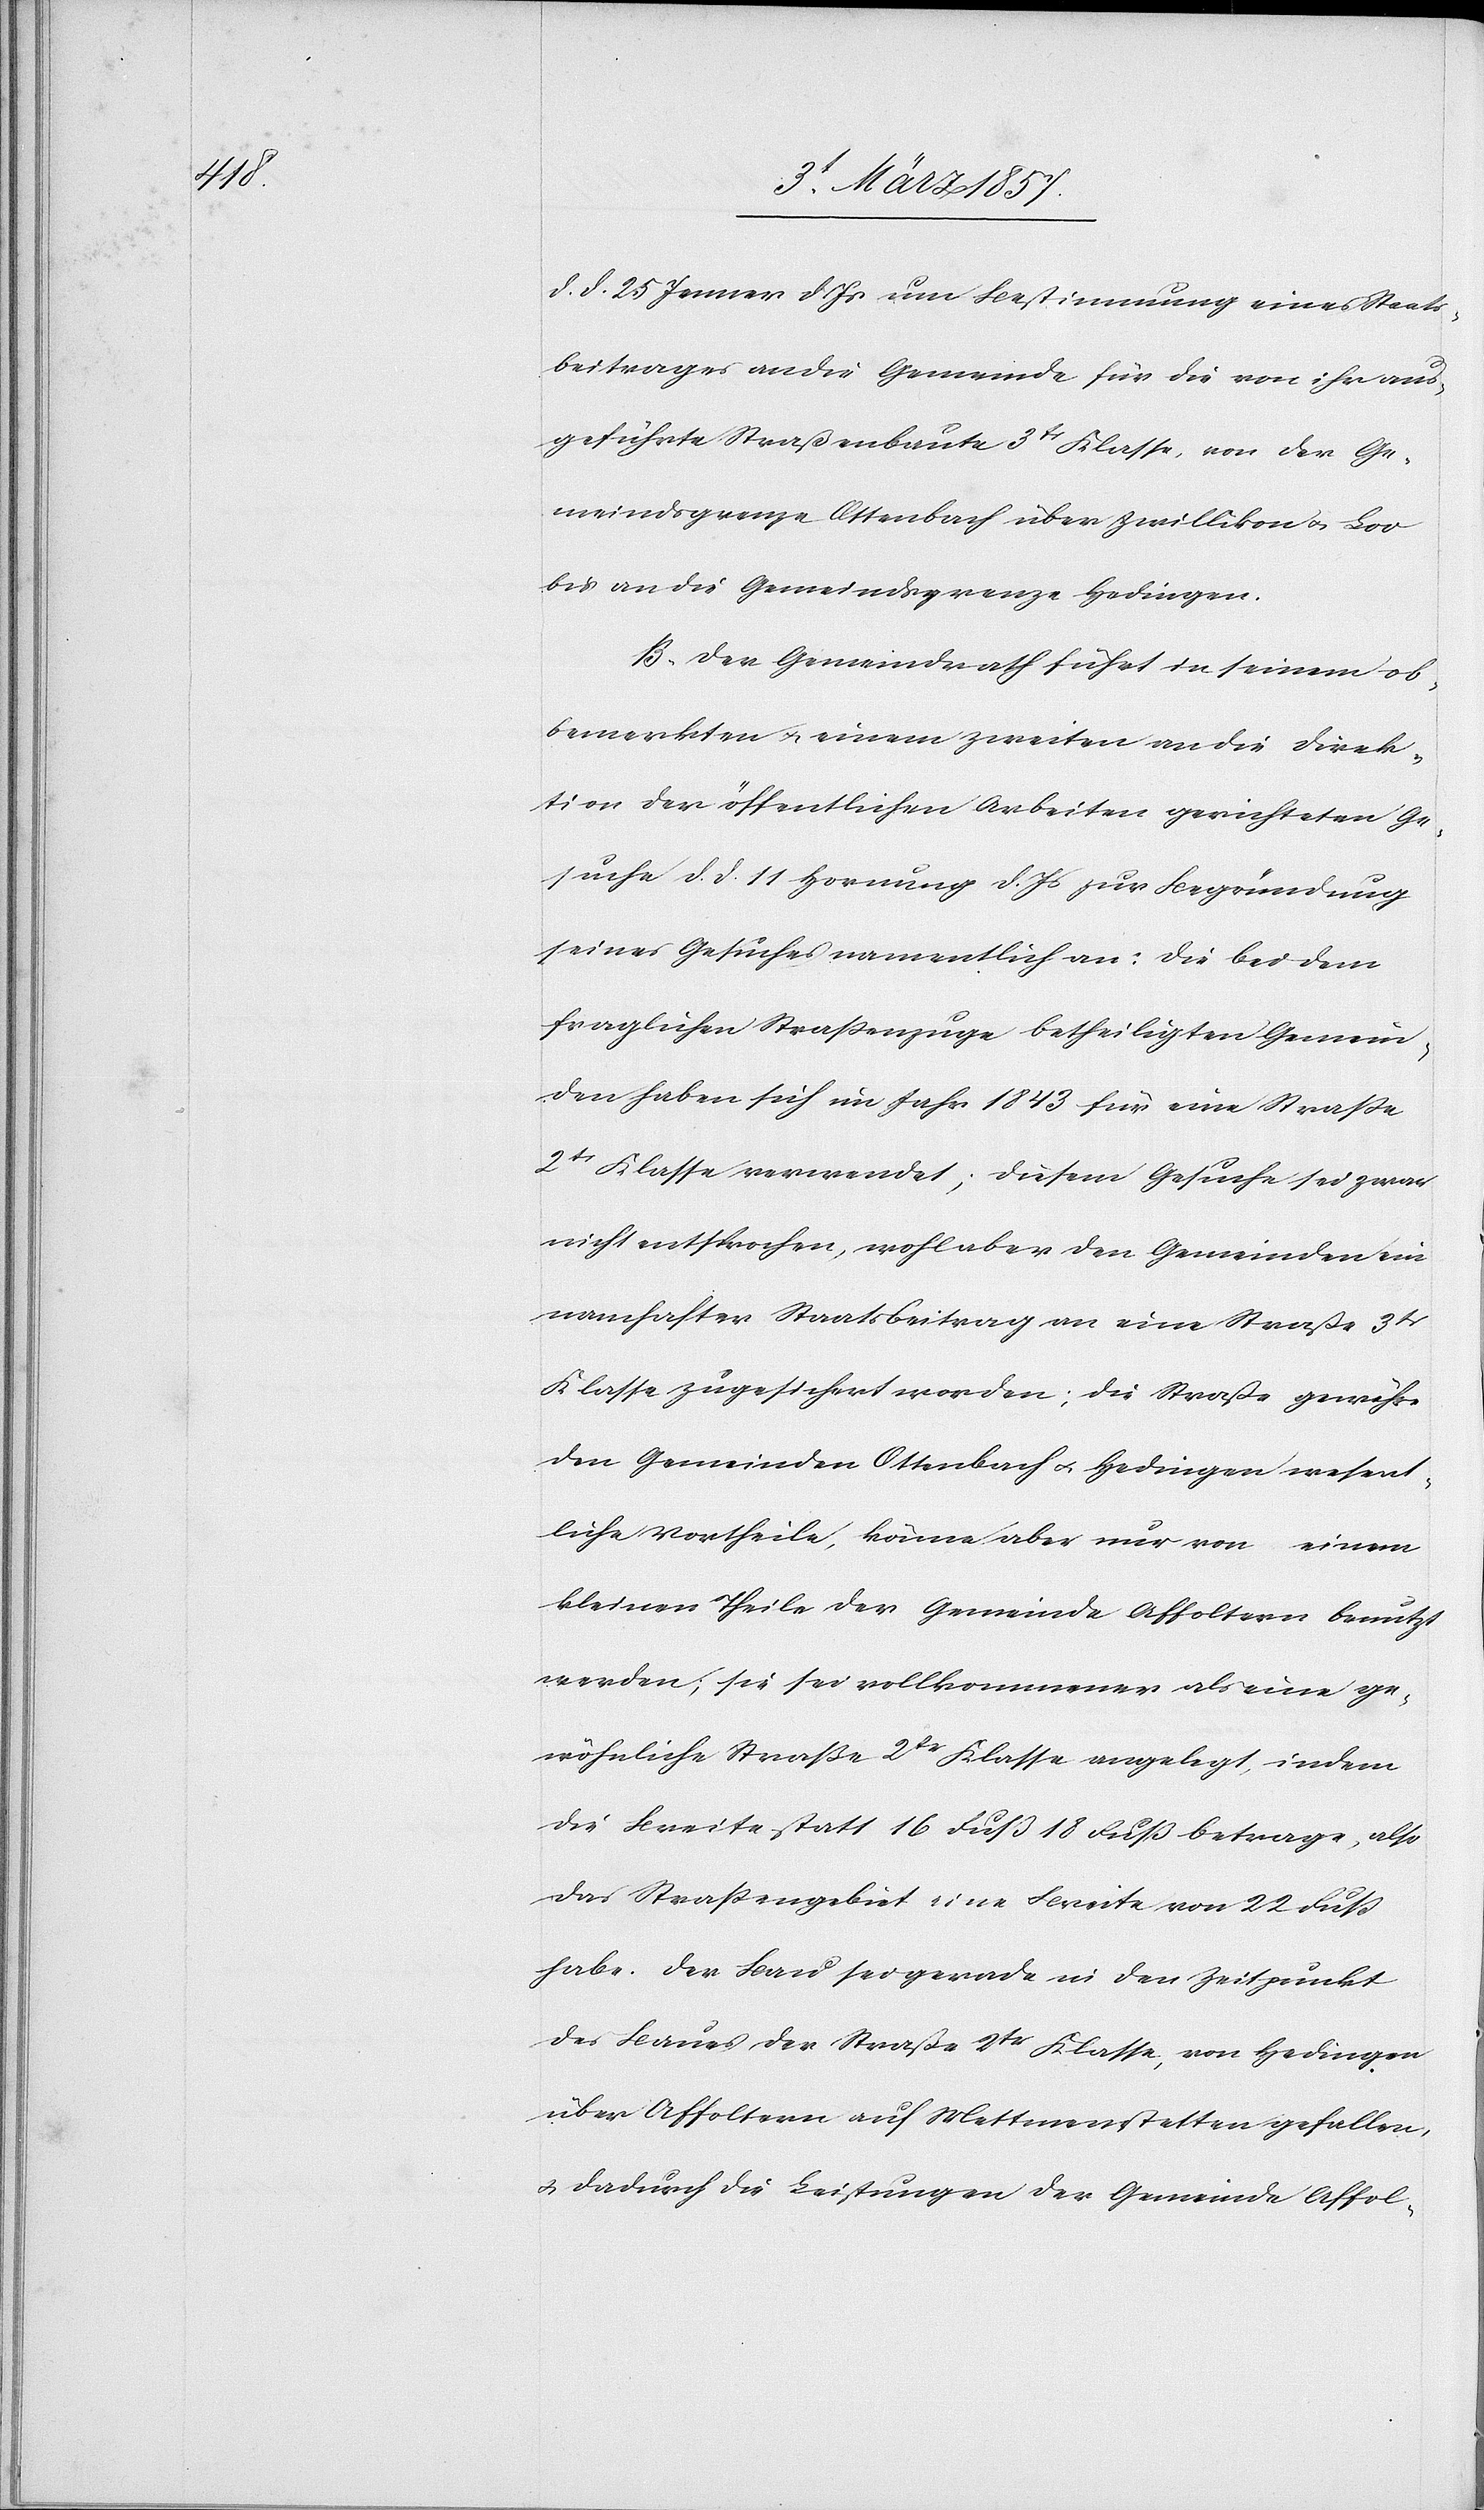
d. d. 25 Jenner d. Js um Bestimmung eines Staats¬
beitrages an die Gemeinde für die von ihr aus¬
geführte Straßenbaute 3tr Klasse, von der Ge¬
meindsgrenze Ottenbach über Zwillikon u. Loo
bis an die Gemeindsgrenze Hedingen.
B. der Gemeindrath führt in seinem ob¬
bemerkten u. einem zweiten an die Direk¬
tion der öffentlichen Arbeiten gerichteten Ge¬
suche d. d. 11 Hornung d Js zur Begründung
seines Gesuches namentlich an: die bei dem
fraglichen Straßenzuge betheiligten Gemein¬
den haben sich im Jahr 1843 für eine Straße
2tr Klasse verwendet; diesem Gesuche sei zwar
nicht entsprochen, wohl aber den Gemeinden ein
namhafter Staatsbeitrag an eine Straße 3tr
Klasse zugesichert worden; die Straße gewährt¬
en Gemeinden Ottenbach u. Hedingen wesent¬
liche Vortheile, könne aber nur von einem
kleinen Theile der Gemeinde Affoltern benutzt
werden; sie sei vollkommener als eine ge¬
wöhnliche Straße 2tr Klasse angelegt, indem
die Breite statt 16 Fuß 18 Fuß betrage, also
das Straßengebiet eine Breite von 22 Fuß
habe. Der Bau sei gerade in den Zeitpunkt
des Baues der Straße 2tr Klasse, von Hedingen
über Affoltern auf Mettmenstetten gefallen,
u. dadurch die Leistungen der Gemeinde Affol-